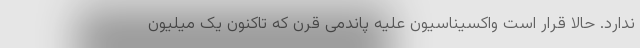
ندارد. حالا قرار است واکسیناسیون علیه پاندمی قرن که تاکنون یک میلیون